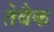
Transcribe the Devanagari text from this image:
तेबैक